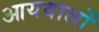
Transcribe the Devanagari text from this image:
आयवालों